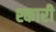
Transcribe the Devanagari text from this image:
श्कारी